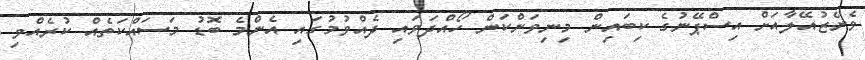
ވެނެޒުއޭލާއަށް އިސްޕޭނުގެ ކިބައިން މިނިވަންކަން ހޯއްދަވައި ދެއްވުމުގައި އެންމެ ބޮޑު މަސައްކަތެއް ކުރެއްވި